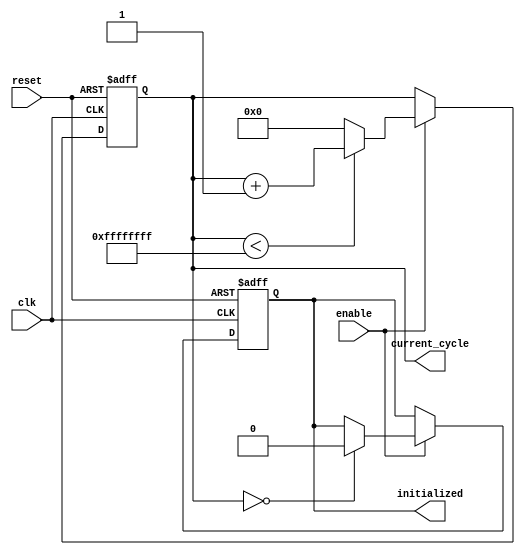
module ClockCycleInitialization (
    input wire clk,          // Clock signal
    input wire reset,        // Asynchronous reset signal
    input wire enable,       // Control signal to enable counting
    output reg [31:0] current_cycle, // Current clock cycle count
    output reg initialized    // Initialization flag
);

    // Parameter for maximum cycle count
    parameter MAX_CYCLES = 32'hFFFFFFFF;

    // Always block for synchronous behavior
    always @(posedge clk or posedge reset) begin
        if (reset) begin
            // On reset, initialize current_cycle and set initialized flag
            current_cycle <= 32'b0;
            initialized <= 1'b1; // Set initialized during reset
        end else if (enable) begin
            // Increment current_cycle if enable is high
            if (current_cycle < MAX_CYCLES) begin
                current_cycle <= current_cycle + 1;
            end else begin
                // Reset current_cycle on overflow
                current_cycle <= 32'b0;
            end
            
            // After the first increment, set initialized to low
            if (current_cycle == 32'b0) begin
                initialized <= 1'b0; // System is operational after first cycle
            end
        end
    end

endmodule